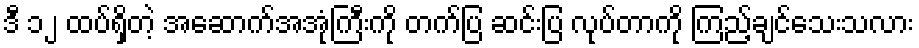
ဒီ ၁၂ ထပ်ရှိတဲ့ အဆောက်အအုံကြီးကို တက်ပြ ဆင်းပြ လုပ်တာကို ကြည့်ချင်သေးသလား